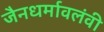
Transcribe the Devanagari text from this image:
जैनधर्मावलंवी